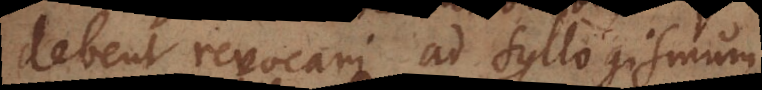
debent revocari ad syllogismum.